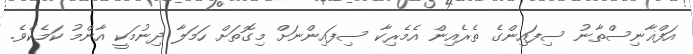
އަފްޣާނިސްތާނު ސިފައިންގެ ތެރެއިން އެމެރިކާ ސިފައިންނަށް މިގޮތަށް ހަމަލާ ދިނުމަކީ އާންމު ކަމެކެވެ.